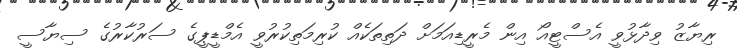
ރިޔާޒު ވިދާޅުވީ އެސްޓީއޯ އިން މެރީޑިއަމަށް ދަތިތަކެއް ކުރިމަތިކުރުވީ އެމްޑީޕީގެ ސަރުކާރުގެ ސިޔާސީ